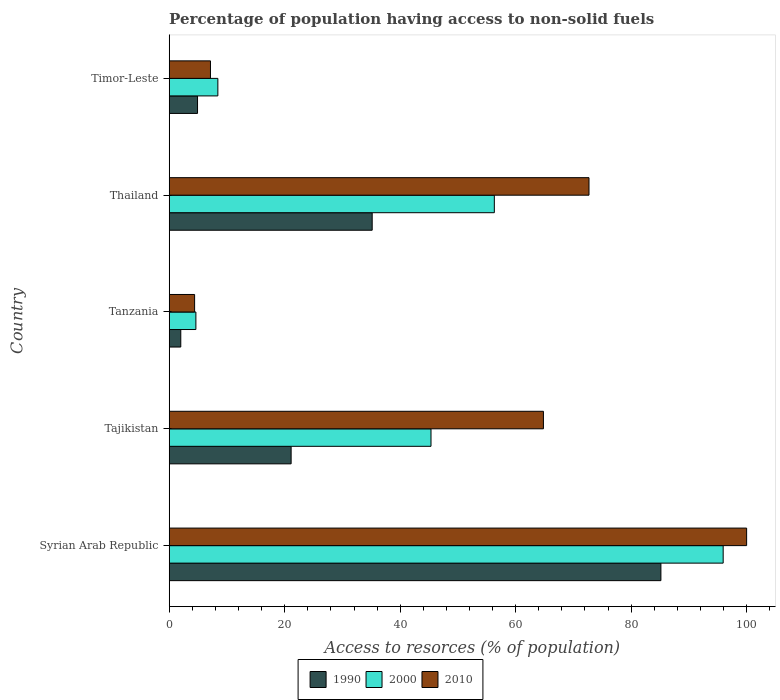
| Country | 1990 | 2000 | 2010 |
 | --- | --- | --- | --- |
 | Syrian Arab Republic | 85.1 | 95.9 | 100 |
 | Tajikistan | 21.1 | 45.3 | 64.8 |
 | Tanzania | 2.01 | 4.62 | 4.4 |
 | Thailand | 35.2 | 56.3 | 72.7 |
 | Timor-Leste | 4.9 | 8.43 | 7.14 |